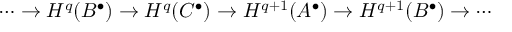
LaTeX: \cdots \rightarrow H ^ { q } ( B ^ { \bullet } ) \rightarrow H ^ { q } ( C ^ { \bullet } ) \rightarrow H ^ { q + 1 } ( A ^ { \bullet } ) \rightarrow H ^ { q + 1 } ( B ^ { \bullet } ) \rightarrow \cdots